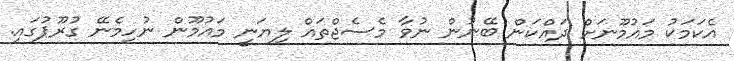
އެކަމަކު މައުމޫނަށް ދައްކަން ބޭނުން ނުވާ މެސެޖްތައް ލިޔަނީ މައުމޫން ނުހިމެނޭ ގުރޫޕުގައި.